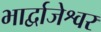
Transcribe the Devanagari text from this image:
भार्द्वाजेश्वर